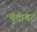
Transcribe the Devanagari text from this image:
चुंदावट